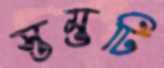
স্তম্ভটি